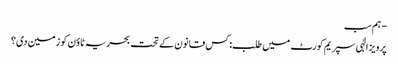
- ہم سب
پرویز الٰہی سپریم کورٹ میں طلب: کس قانون کے تحت بحریہ ٹاؤن کو زمین دی؟